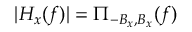
| H _ { x } ( f ) | = \Pi _ { - B _ { x } , B _ { x } } ( f )